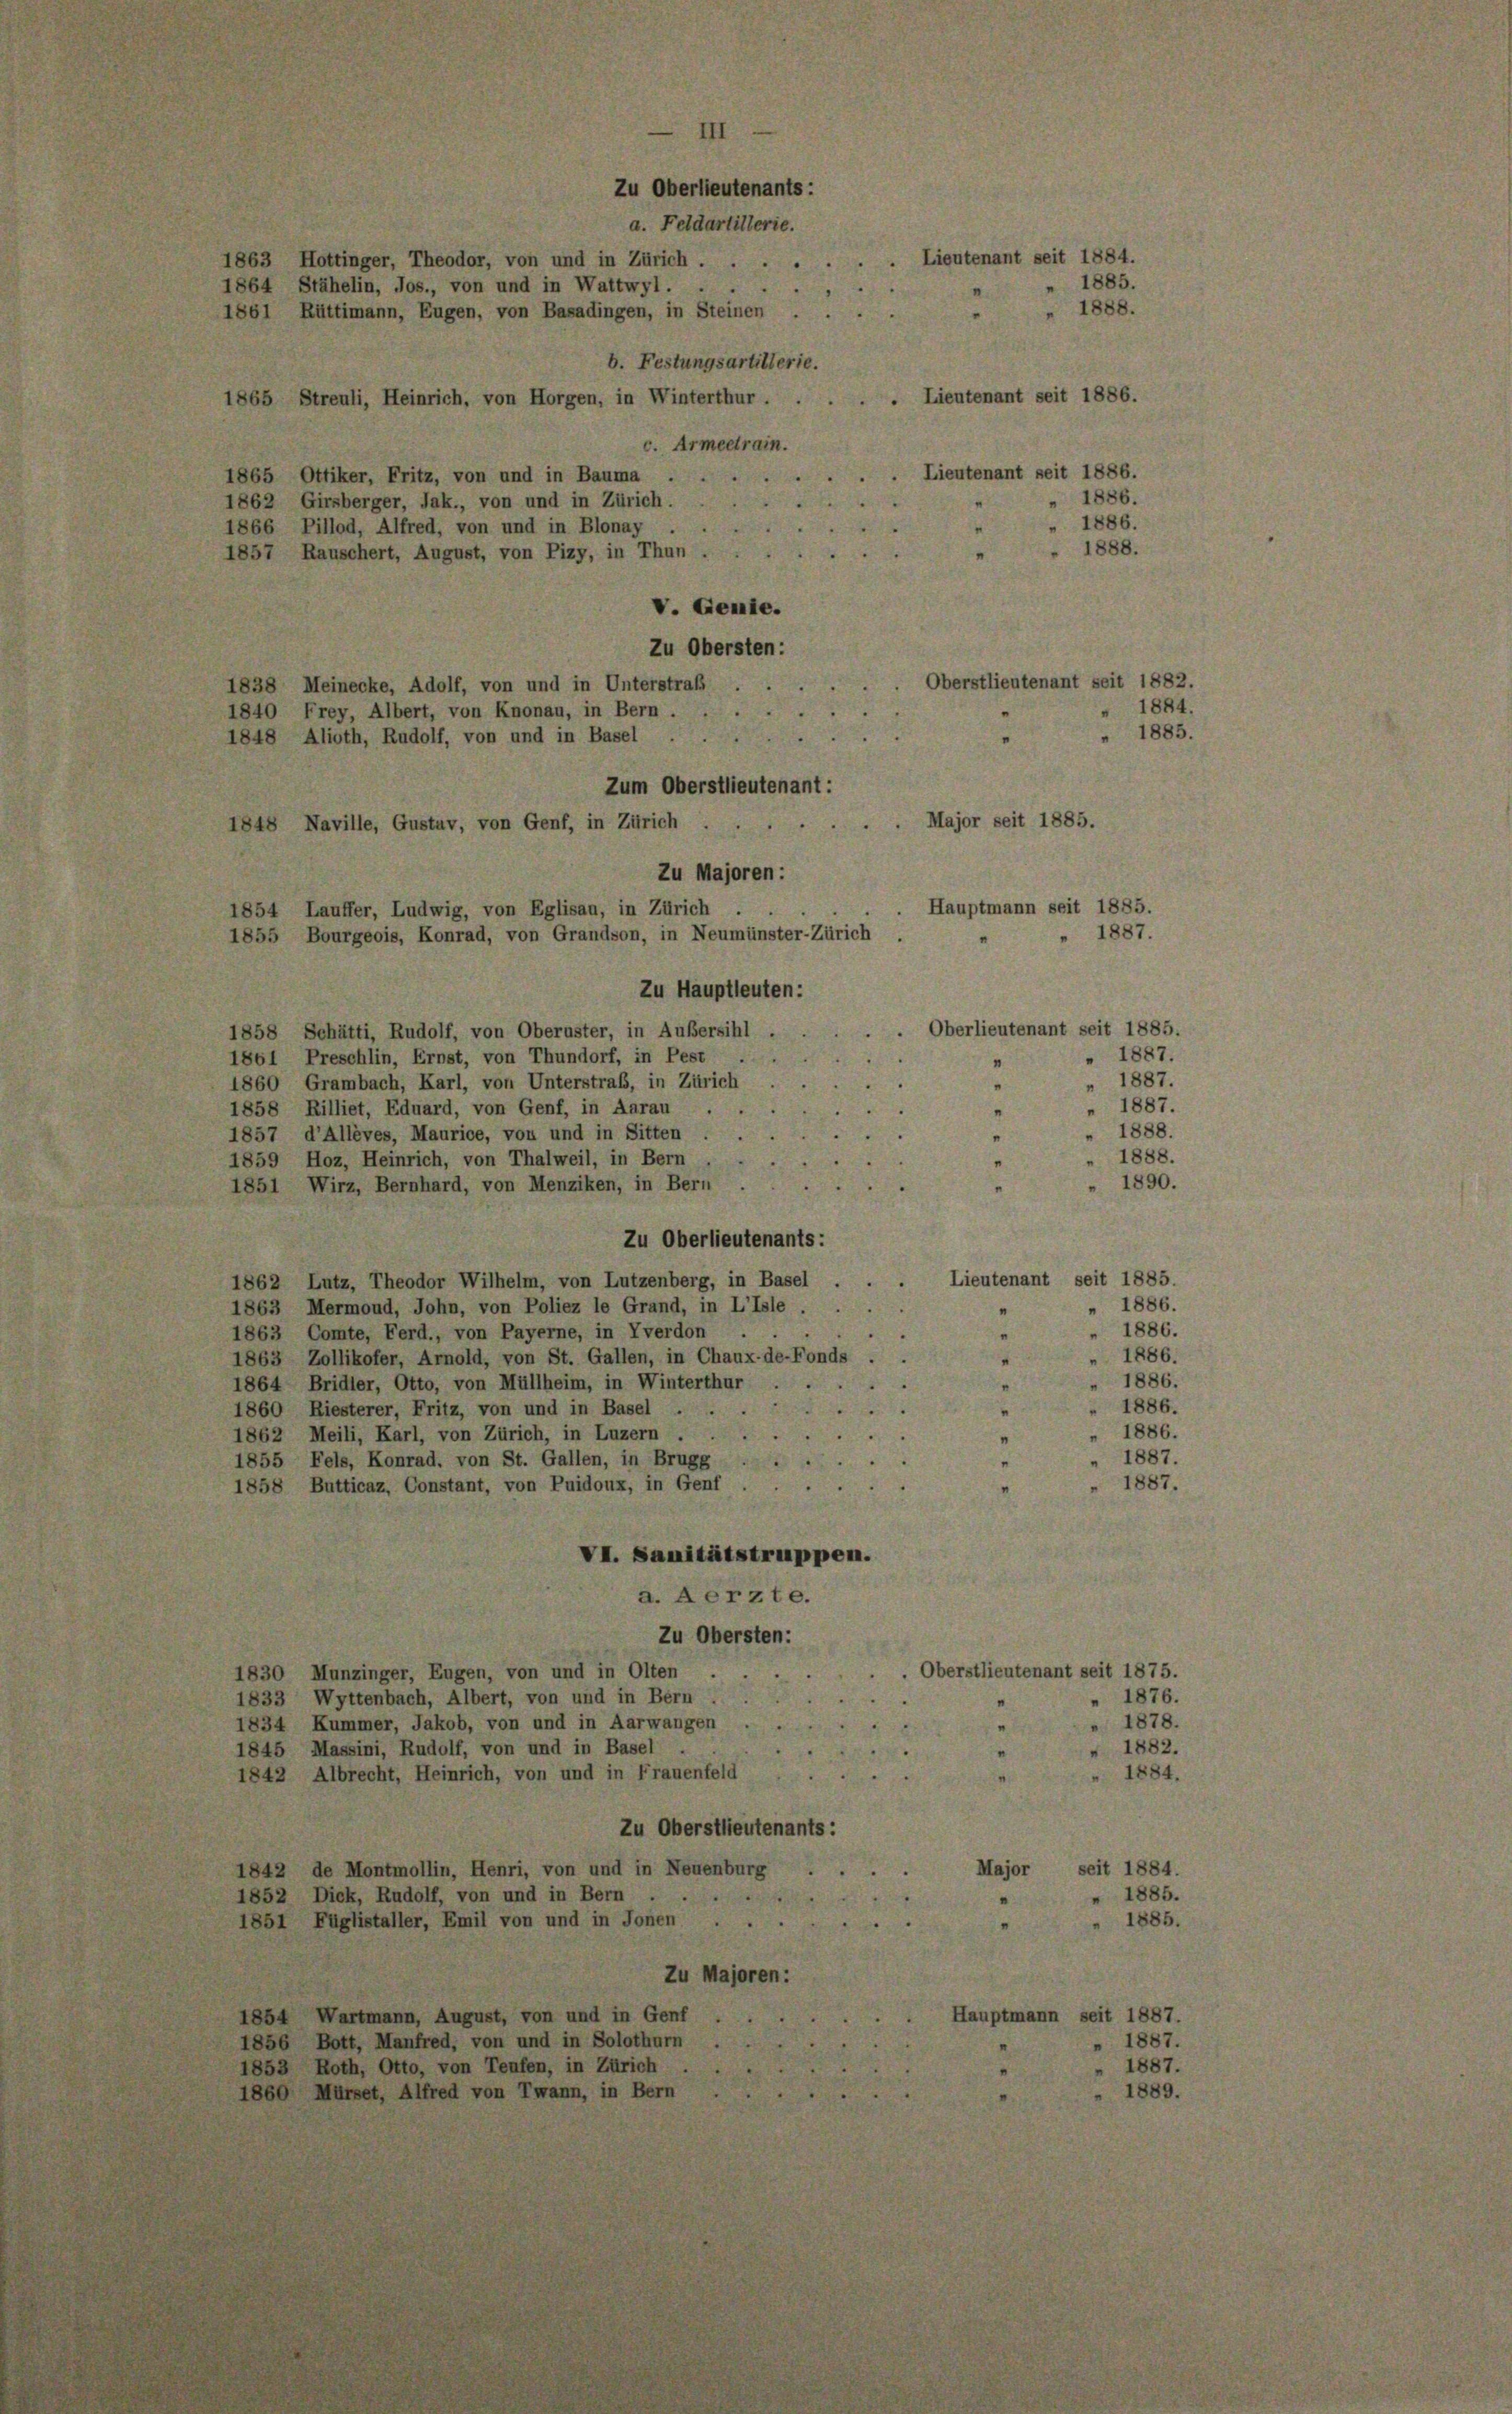
Zu Oberlieutenants:

a. Feldartillerie.
1863 Hottinger, Theodor, von und in Zürich.
1864 Stähelin, Jos., von und in Wattwyl ...
1888.
1861 Rüttimann, Eugen, von Basadingen, in Steinen
b. Festungsartillerie.
Lieutenant seit 1886.
865 Streuli, Heinrich, von Horgen, in Winterthur.
c. Armeetrain.
Lieutenant seit 1886.
1865 Ottiker, Fritz, von und in Bauma ...
1886.
1862 Girsberger, Jak., von und in Zürich.
1886.
1866 Pillod, Alfred, von und in Blonay .
1888.
1857 Rauschert, August, von Pizy, in Thun.
V. Genie.
Zu Obersten:
Oberstlieutenant seit 1882.
1838 Meinecke, Adolf, von und in Unterstraß . .
 1884.
1840 Frey, Albert, von Knonau, in Bern . .
1885.
1848 Alioth, Rudolf, von und in Basel .
Zum Oberstlieutenant:
Major seit 1885.
848 Naville, Gustav, von Genf, in Zürich
.
Zu Majoren:
Hauptmann seit 1885.
1854 Lauffer, Ludwig, von Eglisau, in Zürich .
1887.
1855 Bourgeois, Konrad, von Grandson, in Neumünster-Zürich
Zu Hauptleuten:
Oberlieutenant seit 1885.
1858 Schätti, Rudolf, von Oberuster, in Außersihl
1887.
1861 Preschlin, Ernst, von Thundorf, in Pest
" 1887.
1860 Grambach, Karl, von Unterstraß, in Zürich
1887.
1858 Rilliet, Eduard, von Genf, in Aarau
1888.
1857 d’Allèves, Maurice, von und in Sitten
1888.
1859 Hoz, Heinrich, von Thalweil, in Bern
1890.
1851 Wirz, Bernhard, von Menziken, in Bern
Zu Oberlieutenants:
Lieutenant seit 1885.
1862 Lutz, Theodor Wilhelm, von Lutzenberg, in Basel
1886.
1863 Mermond, John, von Poliez le Grand, in L’Isle.
1886.
1863 Comte, Ferd., von Payerne, in Yverdon
1886.
1863 Zollikofer, Arnold, von St. Gallen, in Chaux-de-Fonds
1886.
1864 Bridler, Otto, von Müllheim, in Winterthur
1886.
1860 Riesterer, Fritz, von und in Basel
1886.
1862 Meili, Karl, von Zürich, in Luzern .
1887.
1855 Fels, Konrad, von St. Gallen, in Brugg
e
1887.
1858 Butticaz, Constant, von Puidoux, in Genf
VI. Sanitätstruppen.
a. Aerzte.
Zu Obersten:
Oberstlieutenant seit 1875.
1830 Munzinger, Engen, von und in Olten
1876.
1833 Wyttenbach, Albert, von und in Bern
1878.
1834 Kummer, Jakob, von und in Aarwangen
1882.
1845 Massini, Rudolf, von und in Basel
1884.
1842 Albrecht, Heinrich, von und in Frauenfeld
Zu Oberstlieutenants:
Major seit 1884.
1842 de Montmollin, Henri, von und in Neuenburg
 1885.
1852 Dick, Rudolf, von und in Bern.
1885.
1851 Füglistaller, Emil von und in Jonen .
Zu Majoren:
Hauptmann seit 1887.
1854 Wartmann, August, von und in Genf
1887
1856 Bott, Manfred, von und in Solothurn
1887.
1853 Roth, Otto, von Teufen, in Zürich
889.
1860 Mürset, Alfred von Twann, in Bern

Lieutenant seit 1884.
1885.